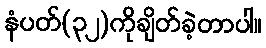
နံပတ်(၃၂)ကိုချိတ်ခဲ့တာပါ။